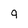
Character: 9